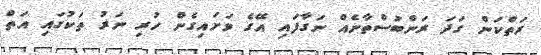
ރަތްކަން ގަދަ ރަންބުސްތާނެއް ނަގާފައި އޭގެ ވަށައިގެން ހުރި ނަރު ތަކުގައި އަތް